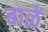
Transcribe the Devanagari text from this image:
बाळें